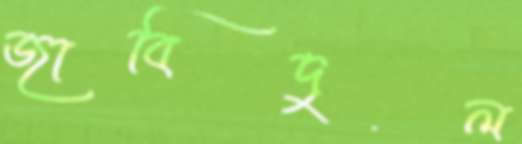
জাবিদুল